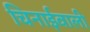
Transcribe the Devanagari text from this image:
चिनाईवाली